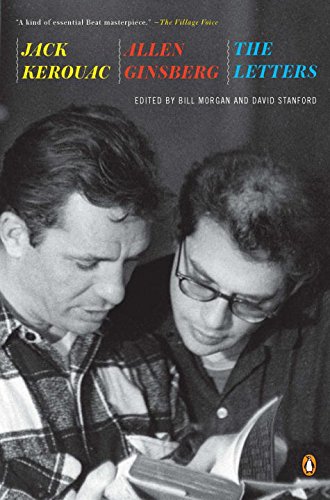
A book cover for Jack Kerouac and Allen Ginsberg: The Letters; Jack Kerouac; Literature & Fiction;